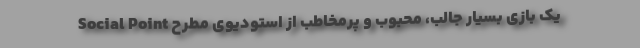
یک بازی بسیار جالب، محبوب و پرمخاطب از استودیوی مطرح Social Point